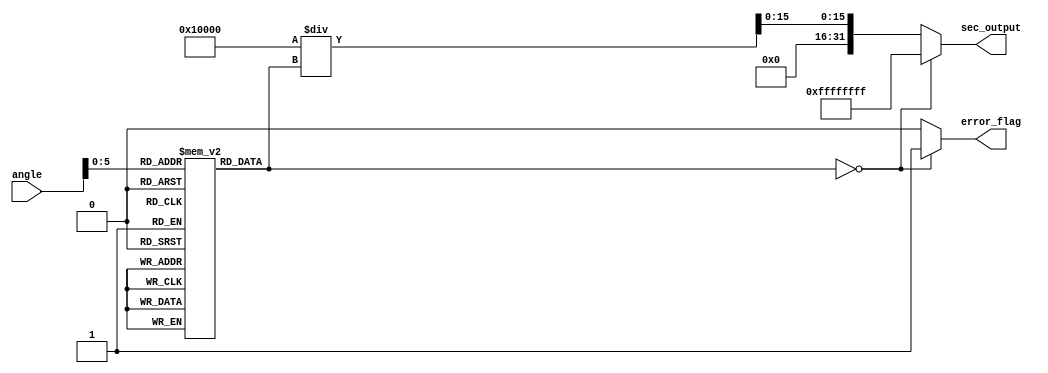
module secant_function(
    input  wire [15:0] angle,           // 16-bit fixed-point angle in radians
    output reg  [31:0] sec_output,      // 32-bit fixed-point output for secant
    output reg  error_flag               // Error flag for overflow or undefined conditions
);
    
    // Cosine LUT (Placeholder values for cosine)
    // This should be filled with actual cosine values for better accuracy.
    reg [15:0] cos_lut [0:63]; 
    initial begin
        // Initialize the cosine lookup table with values (cos(0) to cos(pi/3)).
        cos_lut[0] = 16'h4000; // cos(0) = 1.0 (fixed-point)
        cos_lut[1] = 16'h3FFF; // cos(/6)
        cos_lut[2] = 16'h3FFC; // cos(/3)
        // You should fill this with more values for the LUT to cover your range.
    end
    
    wire [15:0] cosine_value; // Cosine value from the LUT
    reg [15:0] reciprocal;     // For the reciprocal of cosine

    // Cosine computation from LUT based on input angle (for simplicity)
    assign cosine_value = cos_lut[angle[5:0]]; // Assuming angle is in the range [0, 2)

    always @* begin
        error_flag = 0; 
        if (cosine_value == 0) begin
            sec_output = 32'hFFFFFFFF; // Output max value in case of division by zero
            error_flag = 1;            // Set error flag
        end else begin
            // Compute reciprocal (1/cosine_value)
            // Fixed-point division: sec_output = 2^16 / cosine_value
            reciprocal = (1 << 16) / cosine_value; // Scale up for fixed-point division
            sec_output = reciprocal; // Output the secant result
        end
    end

endmodule